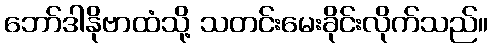
ဘော်ဒါနိုဗာထံသို့ သတင်းမေးခိုင်းလိုက်သည်။